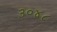
૩૦૪૮